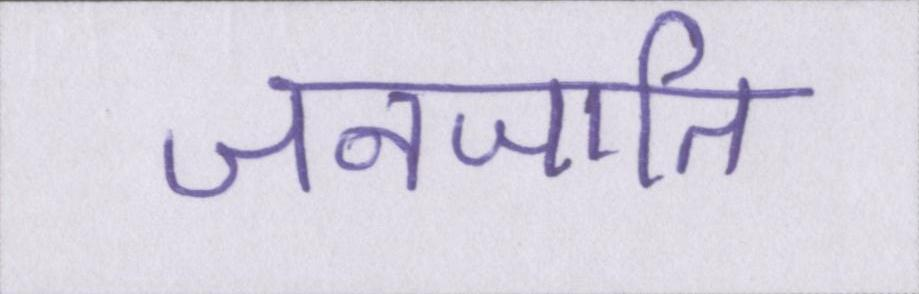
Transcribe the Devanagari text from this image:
जनजाति